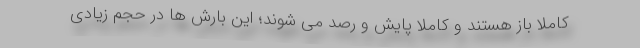
کاملا باز هستند و کاملا پایش و رصد می شوند؛ این بارش ها در حجم زیادی